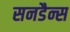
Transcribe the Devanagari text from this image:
सनडैन्स